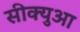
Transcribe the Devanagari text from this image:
सीक्युआ